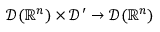
{ \mathcal { D } } ( \mathbb { R } ^ { n } ) \times { \mathcal { D } } ^ { \prime } \to { \mathcal { D } } ( \mathbb { R } ^ { n } )